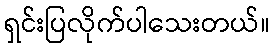
ရှင်းပြလိုက်ပါသေးတယ်။